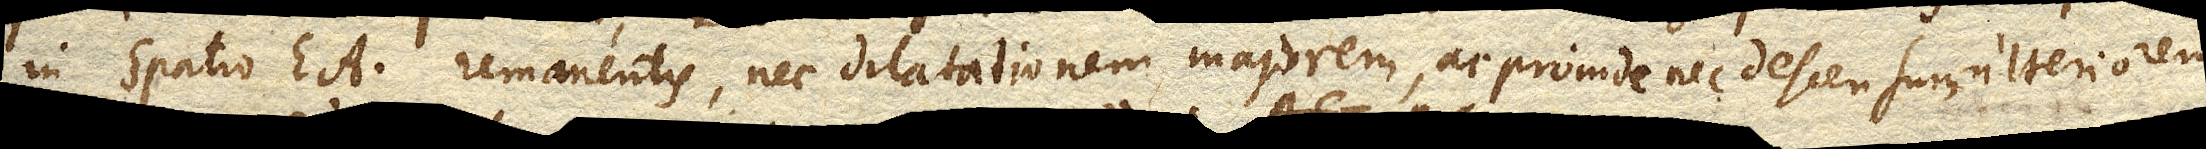
in spatio EA. remanentis, nec dilatationem majorem, ac proinde nec descensum ulteriorem